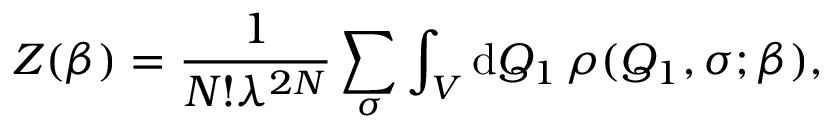
Z ( \beta ) = \frac { 1 } { N ! \lambda ^ { 2 N } } \sum _ { \sigma } \int _ { V } { \mathrm { d } } Q _ { 1 } \, \rho ( Q _ { 1 } , \sigma ; \beta ) ,